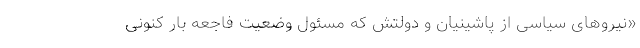
«نیروهای سیاسی از پاشینیان و دولتش که مسئول وضعیت فاجعه بار کنونی